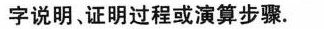
字说明、证明过程或演算步骤。